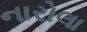
નારોલા